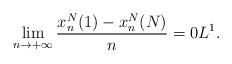
LaTeX: \begin{align*} \lim_{n \to +\infty} \frac{x^N_n(1) - x^N_n(N)}{n} = 0 L^1.\end{align*}